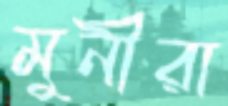
মুনীরা